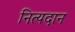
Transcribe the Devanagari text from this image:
नित्यदान